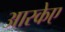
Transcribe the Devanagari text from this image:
आरकेए